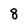
Character: 8